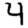
Digit: 4